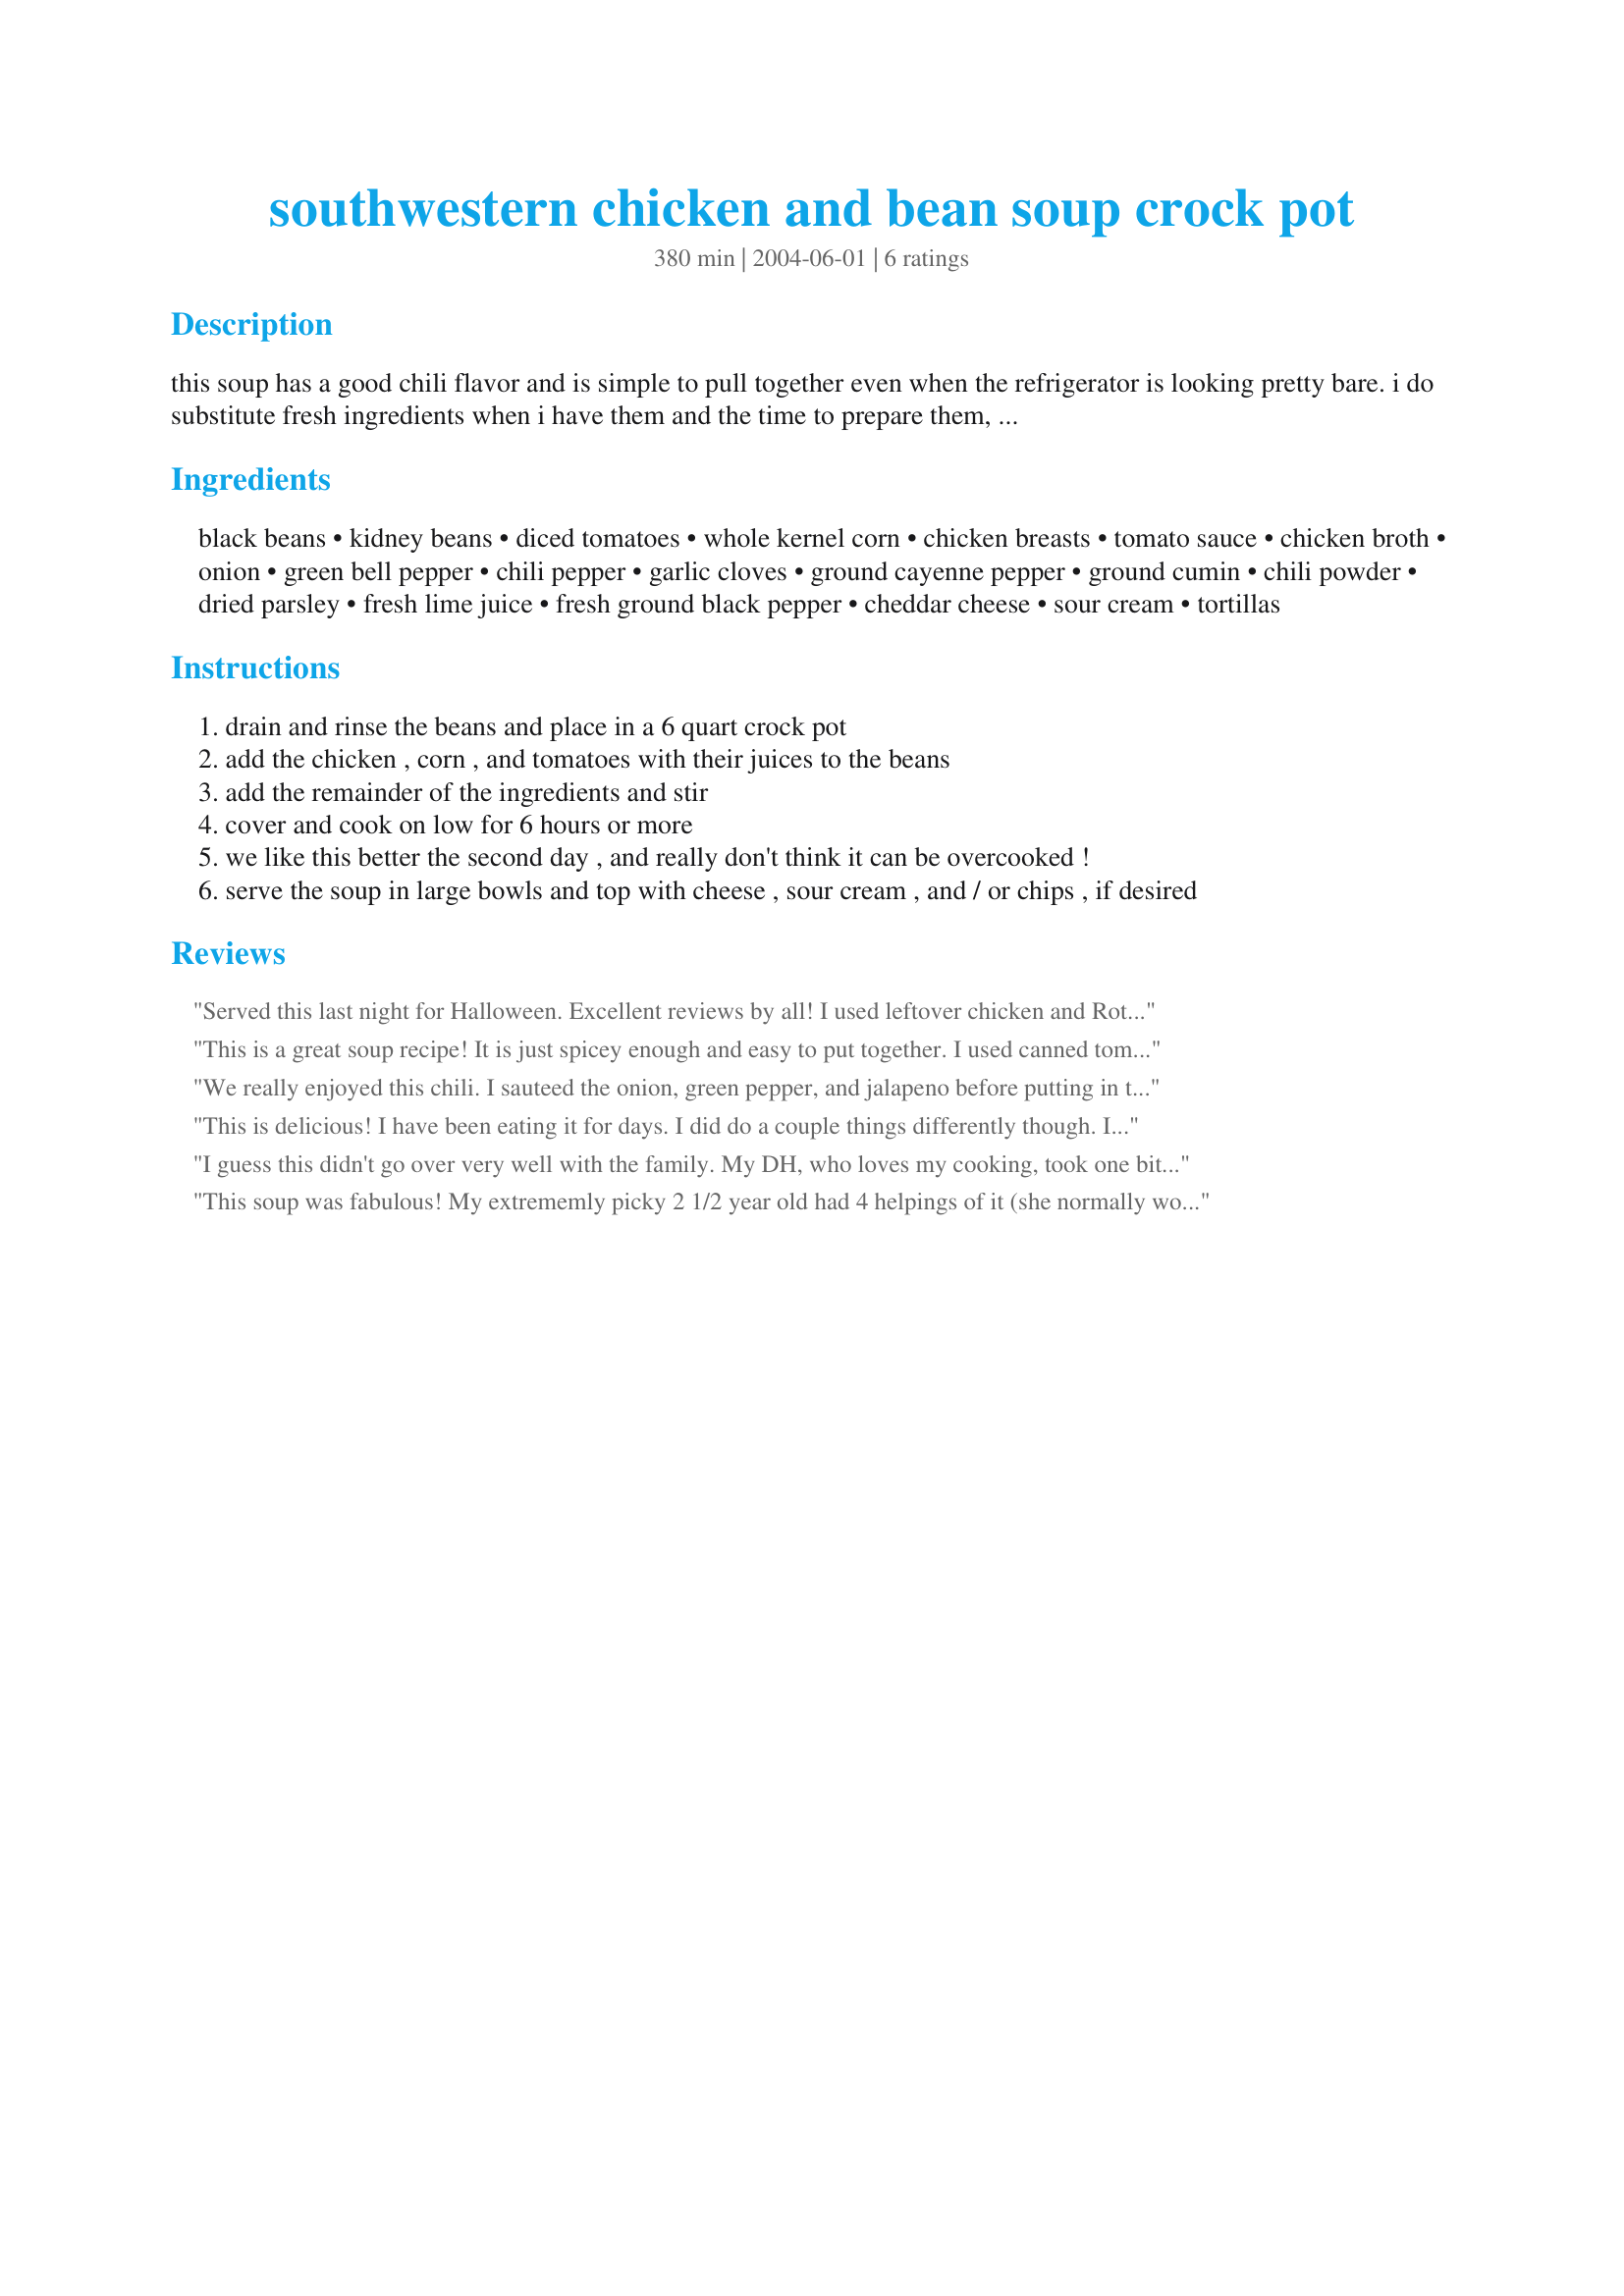
southwestern chicken and bean soup crock pot
Preparation time: 380 minutes

this soup has a good chili flavor and is simple to pull together even when the refrigerator is looking pretty bare. i do substitute fresh ingredients when i have them and the time to prepare them, but i list canned ones here for convenience (and they do taste pretty good anyhow!). i leave the seeds in my chili pepper, but take them out if you want a milder taste, and adjust the seasonings accordingly as well. this soup is very flexible - it's a good way to use up leftover chicken, beans and corn, and i believe you could use ground beef or turkey or tvp in this just as easily as chicken breast. i found a 6 can soup recipe on the web, but i altered it so much that it became something new, and this is the result.

Ingredients:
black beans, kidney beans, diced tomatoes, whole kernel corn, chicken breasts, tomato sauce, chicken broth, onion, green bell pepper, chili pepper, garlic cloves, ground cayenne pepper, ground cumin, chili powder, dried parsley, fresh lime juice, fresh ground black pepper, cheddar cheese, sour cream, tortillas

Steps:
drain and rinse the beans and place in a 6 quart crock pot
add the chicken , corn , and tomatoes with their juices to the beans
add the remainder of the ingredients and stir
cover and cook on low for 6 hours or more
we like this better the second day , and really don't think it can be overcooked !
serve the soup in large bowls and top with cheese , sour cream , and / or chips , if desired

Reviews:
Served this last night for Halloween. Excellent reviews by all! I used leftover chicken and Rotel instead of diced tomatoes and left out the chili pepper. Very easy and good
This is a great soup recipe! It is just spicey enough and easy to put together. I used canned tomatoes that had the jalapeno peppers in them so omitted the chili pepper. Other than that I followed the recipe and we really enjoyed it. Thanks, Carole in Orlando
We really enjoyed this chili. I sauteed the onion, green pepper, and jalapeno before putting in the crock pot. I also use
a rotisserie chicken.The color really turned a rich red-brown after several hours in the crock pot.I will definitely make it again!

Roxygirl in Colo.
This is delicious! I have been eating it for days. I did do a couple things differently though. I did not have a can of chicken so I browned about 3 chicken breasts (equally 1.3lbs) in olive oil, seasoned with adobo and threw them in whole to cook in the crockpot. After about an hour and a half, I pulled them out and let them cool, then I shredded them and put them back in. Also, I didn't have any chili peppers, chili powder or cumin so I doubled the cayenne and used about 2 tsp of chili seasoning. They come in 1oz packets. I didn't have fresh lime juice, so I used only one T of the bottled kind I already had in the fridge. I didn't use the cheese at all and it was still great. I bought it, but forgot all about it as the soup was already so good. This is practically a chili. The flavor is absolutely wonderful and has a kick to it . . I love spicy!
I guess this didn't go over very well with the family. My DH, who loves my cooking, took one bite and ended up eating gold fish crackers and popcorn for dinner.
This soup was fabulous! My extrememly picky 2 1/2 year old had 4 helpings of it (she normally won't even finish one serving of anything!). I made some minor adjustments based on lack of what I had and wanting some more veggies (hominy, carrots, celery) and I didn't use the chile pepper but replaced with a can of green chile's and I used chicken breasts that I cooked. I'm passing this one on to everyone I know!
